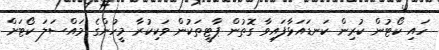
ހައި ކޯޓުން ކުރިން ކަނޑައަޅާފައިވާ ގޮތުން ޕާޓީތަކުން ވަކިކުރާ މީހުންގެ މައްސަލަ ކޯޓަށް